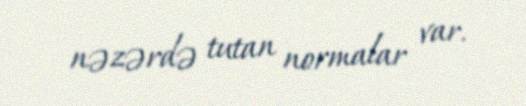
nəzərdə tutan normalar var.